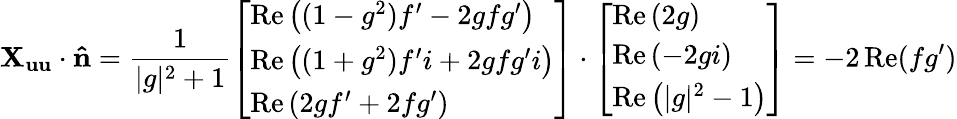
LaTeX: \mathbf{X_{uu}}\cdot\mathbf{\hat{n}}={\frac{1}{|g|^{2}+1}}{\left[\begin{array}{l}{\operatorname{Re}\left((1-g^{2})f^{\prime}-2gfg^{\prime}\right)}\\ {\operatorname{Re}\left((1+g^{2})f^{\prime}i+2gfg^{\prime}i\right)}\\ {\operatorname{Re}\left(2gf^{\prime}+2fg^{\prime}\right)}\end{array}\right]}\cdot{\left[\begin{array}{l}{\operatorname{Re}\left(2g\right)}\\ {\operatorname{Re}\left(-2gi\right)}\\ {\operatorname{Re}\left(|g|^{2}-1\right)}\end{array}\right]}=-2\operatorname{Re}(fg^{\prime})